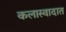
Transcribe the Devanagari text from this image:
कलास्वादात